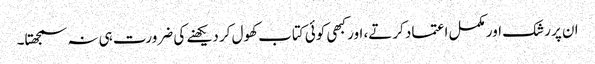
ان پر رشک اور مکمل اعتماد کرتے، اور کبھی کوئی کتاب کھول کر دیکھنے کی ضرورت ہی نہ سمجھتا۔